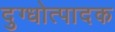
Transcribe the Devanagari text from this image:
दुग्धोत्पादक